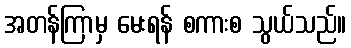
အတန်ကြာမှ မေးရန် စကားစ သွယ်သည်။